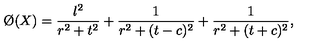
\O ( X ) = \frac { \l ^ { 2 } } { r ^ { 2 } + t ^ { 2 } } + \frac { 1 } { r ^ { 2 } + ( t - c ) ^ { 2 } } + \frac { 1 } { r ^ { 2 } + ( t + c ) ^ { 2 } } ,